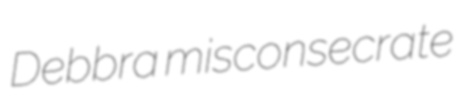
Debbra misconsecrate